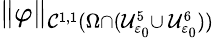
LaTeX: \| \varphi\| _{\mathcal{C}^{1,1}(\Omega\cap(\mathcal{{U}}_{\varepsilon_{0}}^{5}\cup\, \mathcal{{U}}_{\varepsilon_{0}}^{6}))}